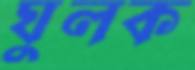
ঘুলক